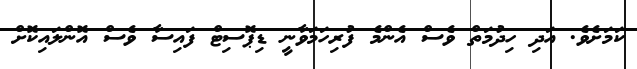
ކަމަށެވެ. އަދި ހިދުމަތް ވެސް އެންމެ ފުރިހަމަވާނީ ޑިޕޮސިޓް ފައިސާ ވެސް އޮންލައިކޮށް